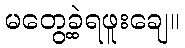
မတွေ့ခဲ့ရဖူးချေ။